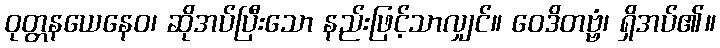
ဝုတ္တနယေနေဝ၊ ဆိုအပ်ပြီးသော နည်းဖြင့်သာလျှင်။ ဝေဒိတဗ္ဗံ၊ ရှိအပ်၏။